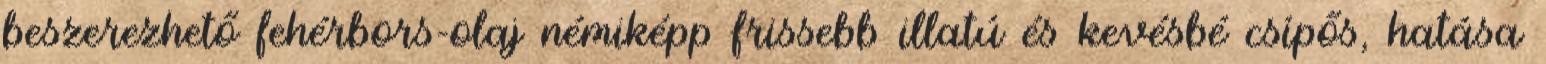
beszerezhető fehérbors-olaj némiképp frissebb illatú és kevésbé csípős, hatása